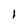
Character: 1